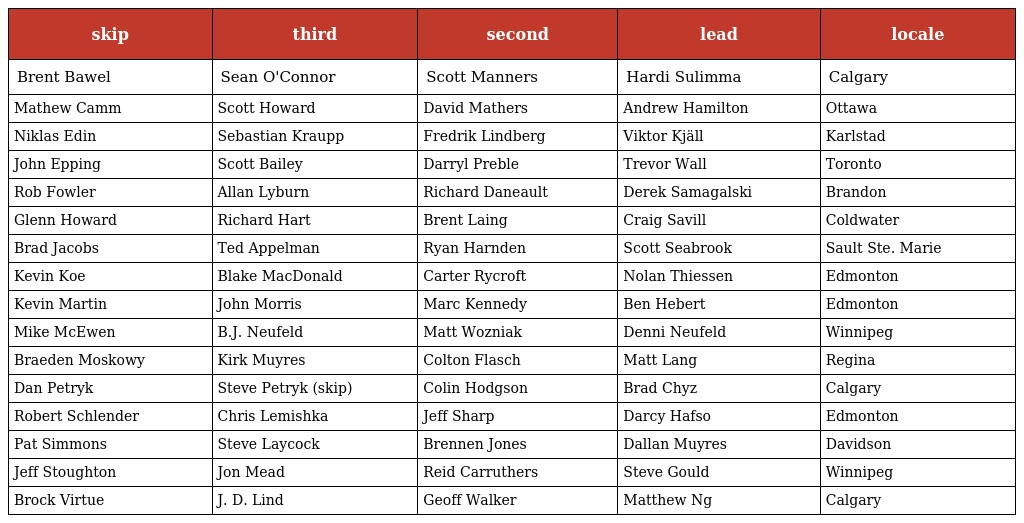
| skip | third | second | lead | locale |
 | --- | --- | --- | --- | --- |
 | Brent Bawel | Sean O'Connor | Scott Manners | Hardi Sulimma | Calgary |
 | Mathew Camm | Scott Howard | David Mathers | Andrew Hamilton | Ottawa |
 | Niklas Edin | Sebastian Kraupp | Fredrik Lindberg | Viktor Kjäll | Karlstad |
 | John Epping | Scott Bailey | Darryl Preble | Trevor Wall | Toronto |
 | Rob Fowler | Allan Lyburn | Richard Daneault | Derek Samagalski | Brandon |
 | Glenn Howard | Richard Hart | Brent Laing | Craig Savill | Coldwater |
 | Brad Jacobs | Ted Appelman | Ryan Harnden | Scott Seabrook | Sault Ste. Marie |
 | Kevin Koe | Blake MacDonald | Carter Rycroft | Nolan Thiessen | Edmonton |
 | Kevin Martin | John Morris | Marc Kennedy | Ben Hebert | Edmonton |
 | Mike McEwen | B.J. Neufeld | Matt Wozniak | Denni Neufeld | Winnipeg |
 | Braeden Moskowy | Kirk Muyres | Colton Flasch | Matt Lang | Regina |
 | Dan Petryk | Steve Petryk (skip) | Colin Hodgson | Brad Chyz | Calgary |
 | Robert Schlender | Chris Lemishka | Jeff Sharp | Darcy Hafso | Edmonton |
 | Pat Simmons | Steve Laycock | Brennen Jones | Dallan Muyres | Davidson |
 | Jeff Stoughton | Jon Mead | Reid Carruthers | Steve Gould | Winnipeg |
 | Brock Virtue | J. D. Lind | Geoff Walker | Matthew Ng | Calgary |